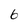
Character: 6